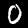
Digit: 0